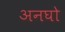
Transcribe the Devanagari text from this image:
अनघो